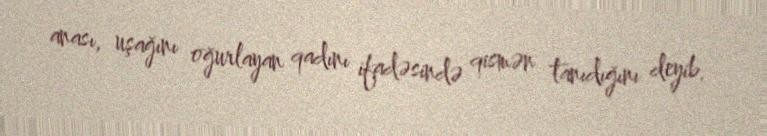
anası, uşağını oğurlayan qadını ifadəsində qismən tanıdığını deyib.